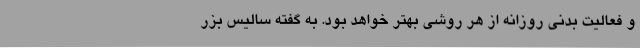
و فعالیت بدنی روزانه از هر روشی بهتر خواهد بود. به گفته سالیس بزر